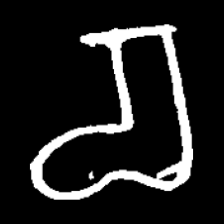
Pyu character \u2014 Myanmar letter: စ (romanized: ca)